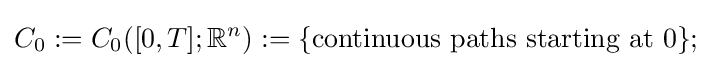
C_{0}:=C_{0}([0,T];\mathbb {R} ^{n}):=\{{\text{continuous  paths starting at 0}}\};